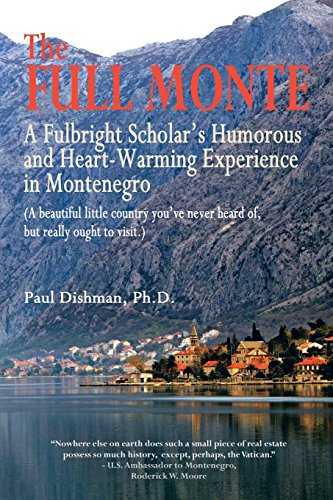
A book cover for The Full Monte: A Fulbright Scholar's Humorous and Heart-Warming Experience in Montenegro; Paul Dishman; Travel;